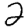
Digit: 2